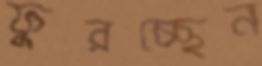
ফুরচ্ছেন